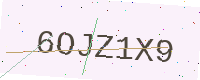
Text: 6OJZ1X9